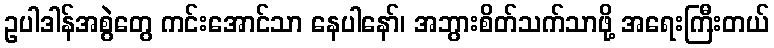
ဥပါဒါန်အစွဲတွေ ကင်းအောင်သာ နေပါနော်၊ အဘွားစိတ်သက်သာဖို့ အရေးကြီးတယ်